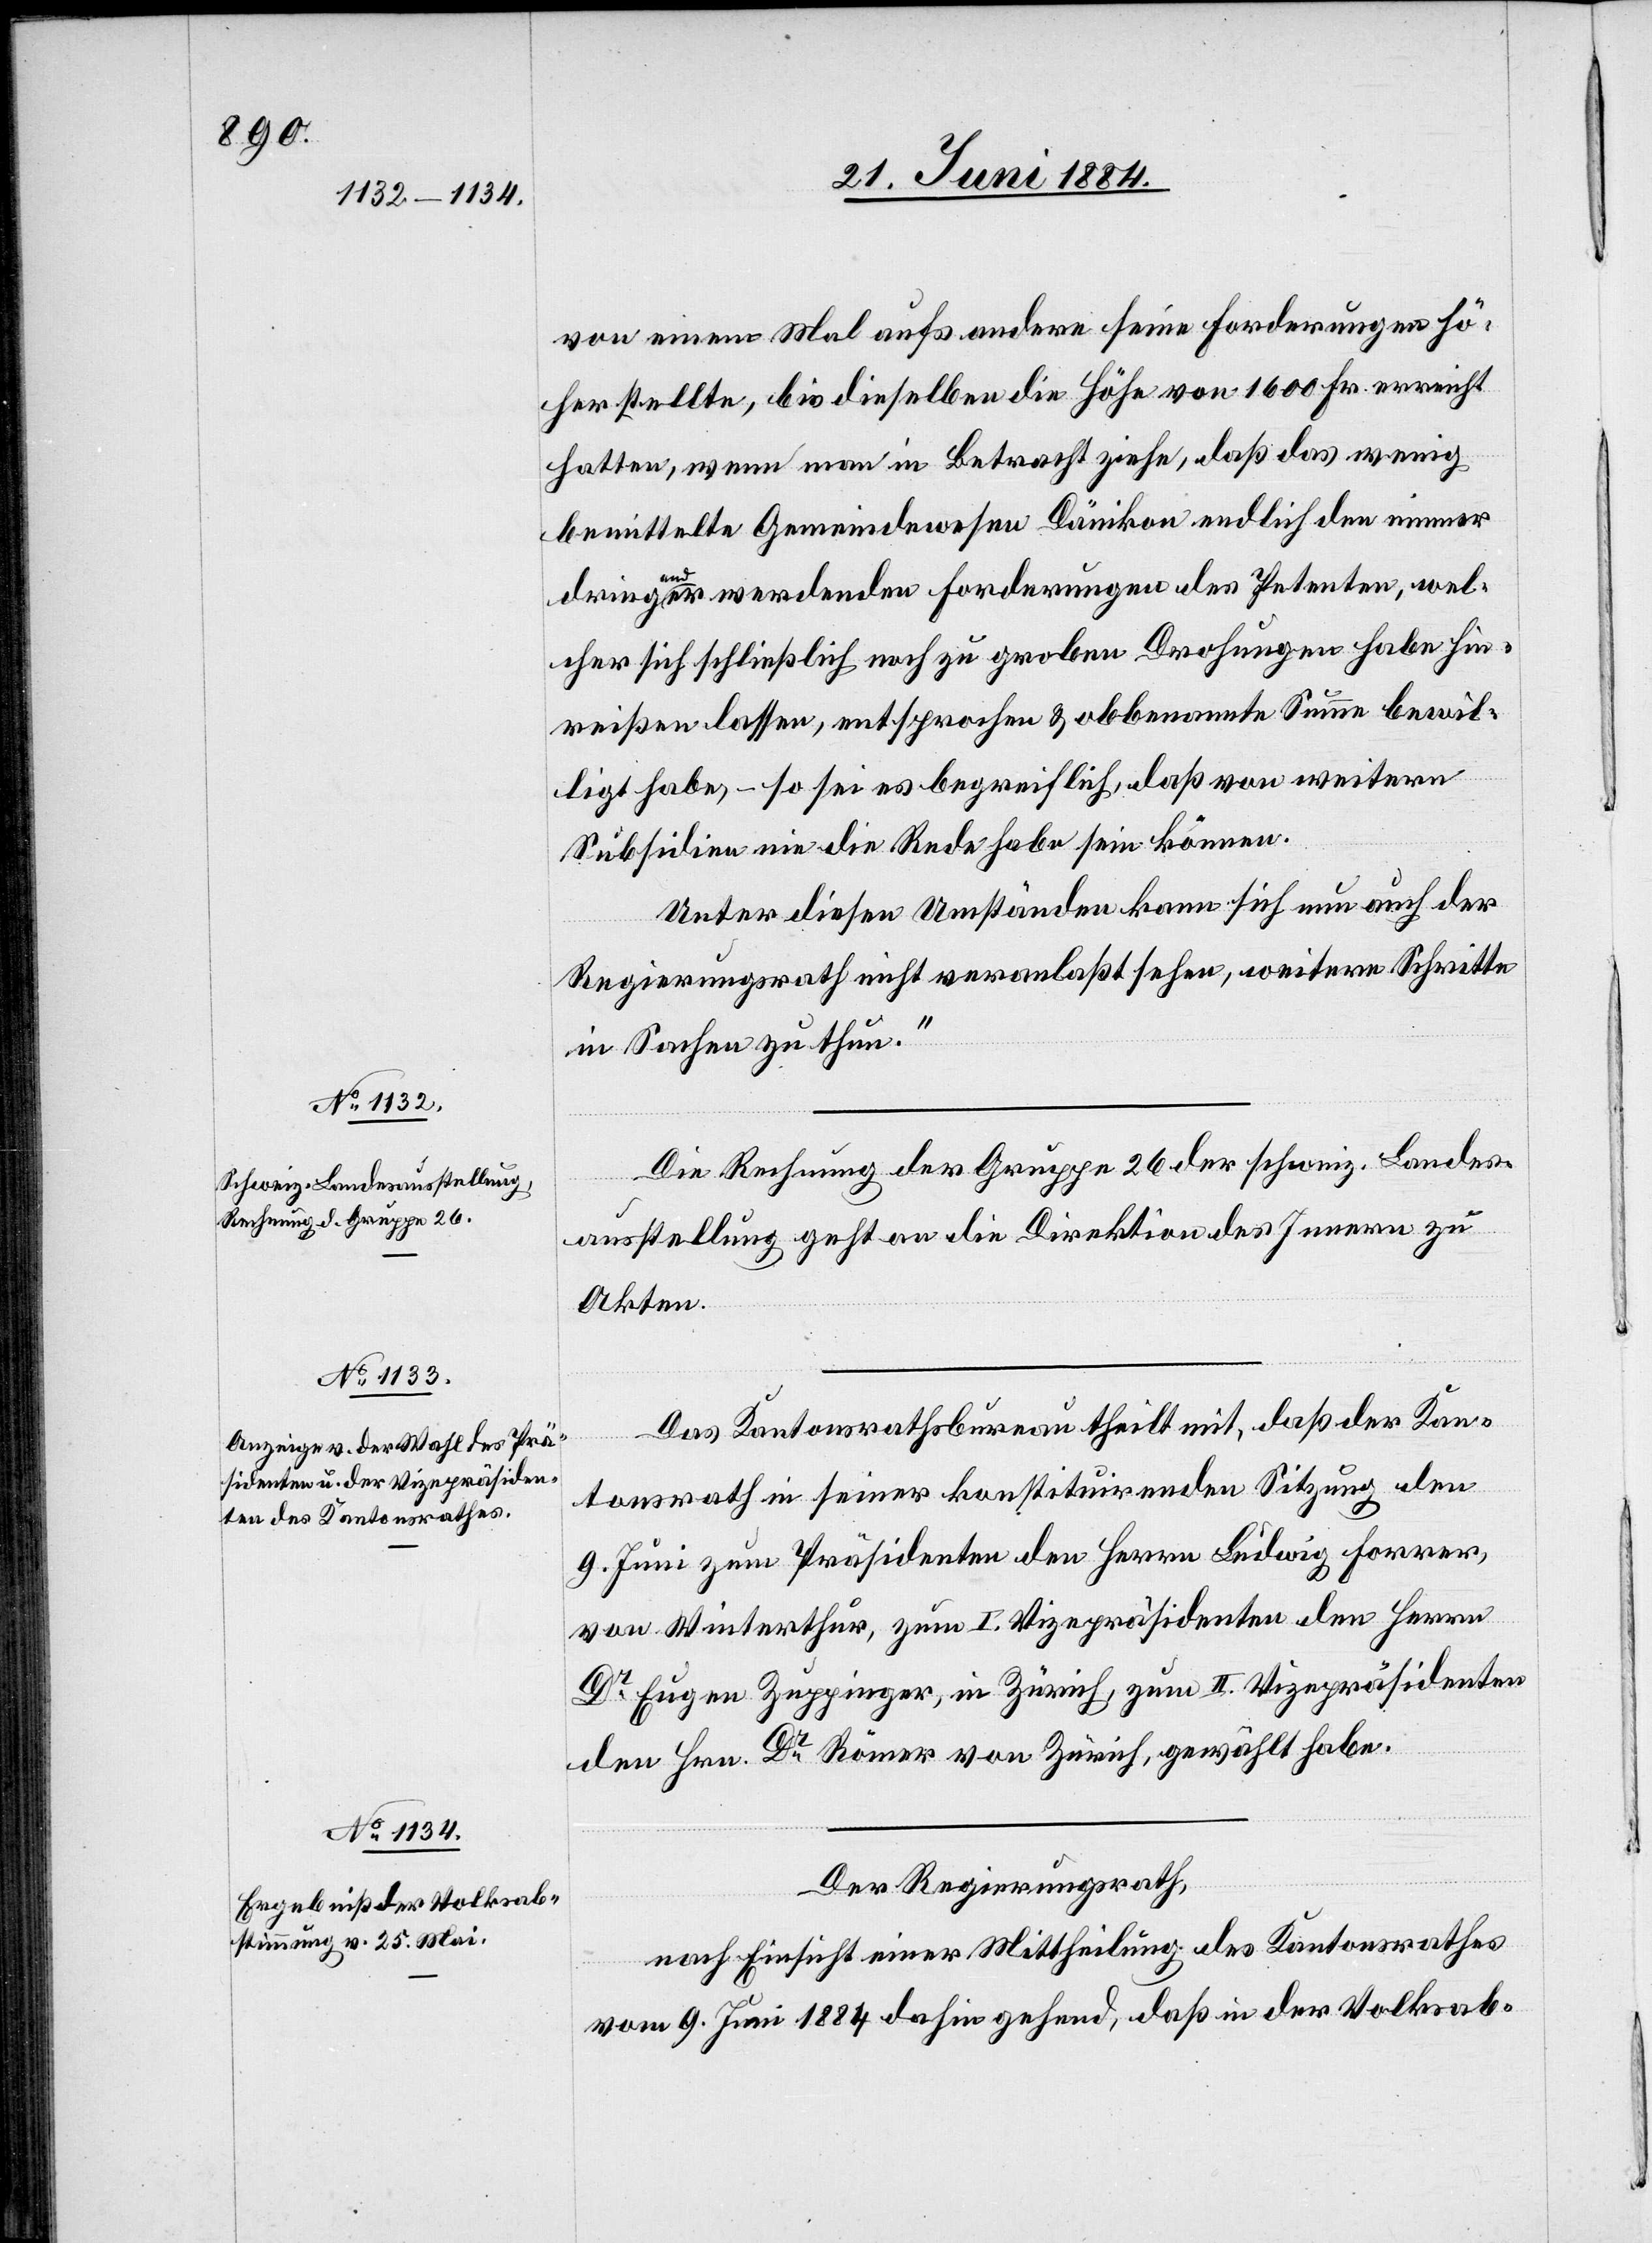
von einem Mal aufs andere seine Forderungen hö¬
her stellte, bis dieselben die Höhe von 1600 Fr. erreicht
hatten, wenn man in Betracht ziehe, daß das wenig
bemittelte Gemeindewesen Dänikon endlich den immer
dringender werdenden Forderungen des Petenten, wel¬
cher sich schließlich nach zu groben Drohungen habe hin¬
reißen lassen, entsprochen & obbenannte Summe bewil¬
ligt habe, – so sei es begreiflich, daß von weitern
Subsidien nie die Rede habe sein können.
Unter diesen Umständen kann sich nun auch der
Regierungsrath nicht veranlaßt sehen, weitere Schritte
in Sachen zu thun.“
Die Rechnung der Gruppe 26 der schweiz. Landes¬
ausstellung geht an die Direktion des Innern zu
Akten.
Das Kantonsrathsbureau theilt mit, daß der Kan¬
tonsrath in seiner konstituirenden Sitzung den
9. Juni zum Präsidenten den Herren Ludwig Forrer,
von Winterthur, zum I. Vizepräsidenten den Herren
Dr Eugen Zuppinger, in Zürich, zum II. Vizepräsidenten
den Hrn. Dr Römer von Zürich, gewählt habe.
Der Regierungsrath,
nach Einsicht einer Mittheilung des Kantonsrathes
vom 9. Juni 1884 dahingehend, daß in der Volksab-